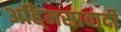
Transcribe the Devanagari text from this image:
अहि्मसावादी